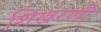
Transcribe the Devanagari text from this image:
शिखरणी